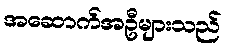
အဆောက်အဦများသည်